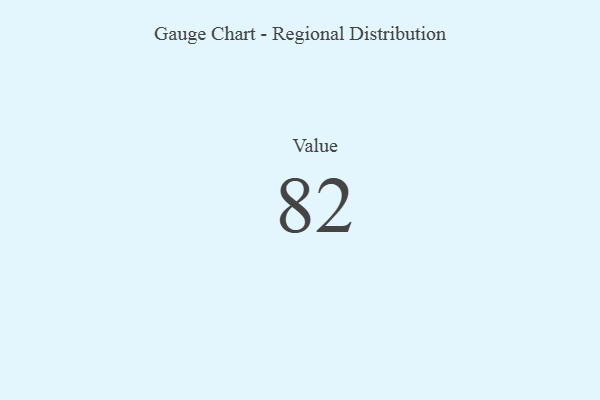
{"axis": {"x": "Metric", "y": "Value"}, "legend": [""], "data": [{"x": "Value", "y": 82, "type": ""}]}